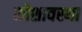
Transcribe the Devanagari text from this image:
कोशावस्था